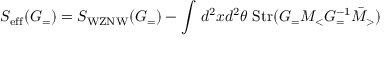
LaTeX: S _ { \mathrm { e f f } } ( G _ { = } ) = S _ { \mathrm { W Z N W } } ( G _ { = } ) - \int \, d ^ { 2 } x d ^ { 2 } \theta \; \mathrm { S t r } ( G _ { = } M _ { < } G _ { = } ^ { - 1 } \bar { M } _ { > } )